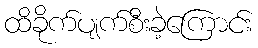
ထိခိုက်ပျက်စီးခဲ့ကြောင်း